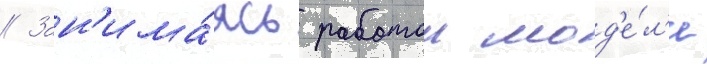
// Зан'има́ясь работои мод'е́л'и